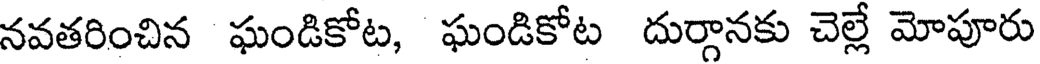
నవతరించిన ఘండికోట, ఘండికోట దుర్గానకు చెల్లే మోపూరు